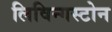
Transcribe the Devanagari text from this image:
लिविन्गस्टोन